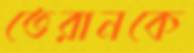
তেরানকে